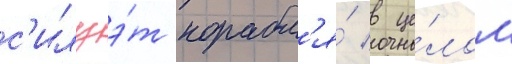
с'илуэ́т корабл'я́ в це́лом